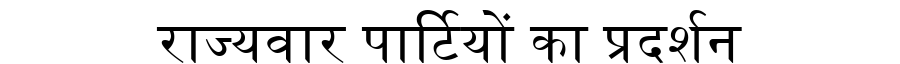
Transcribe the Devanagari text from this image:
राज्यवार पार्टियों का प्रदर्शन